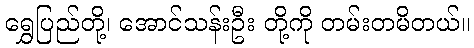
ရွှေပြည်တို့၊ အောင်သန်းဦး တို့ကို တမ်းတမိတယ်။